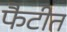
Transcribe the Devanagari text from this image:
फैटीत